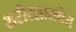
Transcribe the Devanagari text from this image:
शरीरशास्त्रीय